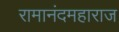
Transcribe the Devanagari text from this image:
रामानंदमहाराज